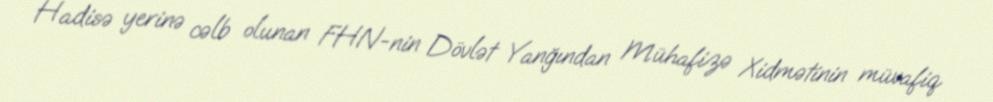
Hadisə yerinə cəlb olunan FHN-nin Dövlət Yanğından Mühafizə Xidmətinin müvafiq